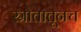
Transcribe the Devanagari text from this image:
स्रोतातूनच